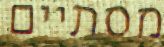
מסתיים